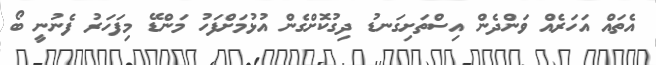
އެތައް އަހަރެއް ވަންދެން އިސްތަށިގަނޑު ދިގުކޮށްގެން އުޅުމަށްފަހު މަންޑޭ މިފަހަރު ފެނުނީ ބޯ